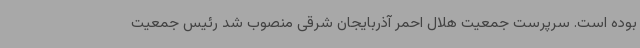
بوده است. سرپرست جمعیت هلال احمر آذربایجان شرقی منصوب شد رئیس جمعیت